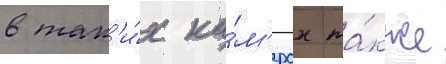
в так'и́х ка́м'ерах та́кже